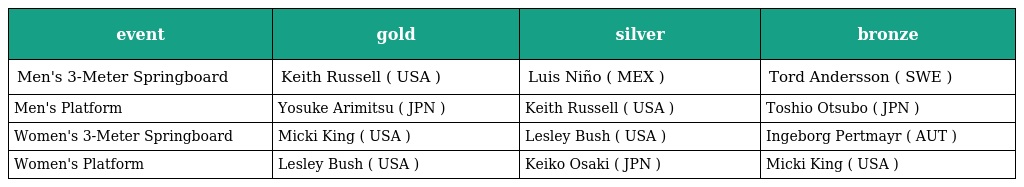
| event | gold | silver | bronze |
 | --- | --- | --- | --- |
 | Men's 3-Meter Springboard | Keith Russell ( USA ) | Luis Niño ( MEX ) | Tord Andersson ( SWE ) |
 | Men's Platform | Yosuke Arimitsu ( JPN ) | Keith Russell ( USA ) | Toshio Otsubo ( JPN ) |
 | Women's 3-Meter Springboard | Micki King ( USA ) | Lesley Bush ( USA ) | Ingeborg Pertmayr ( AUT ) |
 | Women's Platform | Lesley Bush ( USA ) | Keiko Osaki ( JPN ) | Micki King ( USA ) |